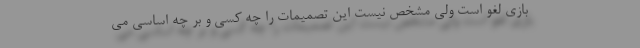
بازی لغو است ولی مشخص نیست این تصمیمات را چه کسی و بر چه اساسی می